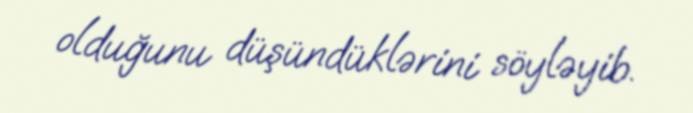
olduğunu düşündüklərini söyləyib.